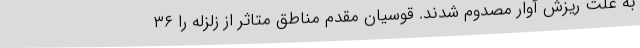
به علت ریزش آوار مصدوم شدند. قوسیان مقدم مناطق متاثر از زلزله را ۳۶